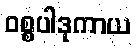
ဝစ္စပါဒုကာယ